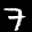
Label: 7